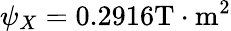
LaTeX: \psi_{X}=0.2916\mathrm{T}\cdot\mathrm{m}^{2}